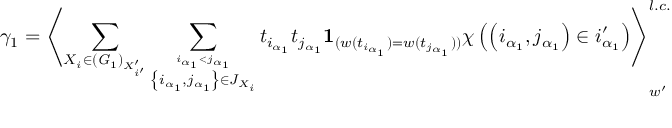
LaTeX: \gamma _ { 1 } = \left\langle \sum _ { X _ { i } \in ( { \it G } _ { 1 } ) _ { X _ { i ^ { \prime } } ^ { \prime } } } \sum _ { \stackrel { i _ { \alpha _ { 1 } } < j _ { \alpha _ { 1 } } } { \left\{ i _ { \alpha _ { 1 } } , j _ { \alpha _ { 1 } } \right\} \in J _ { X _ { i } } } } t _ { i _ { \alpha _ { 1 } } } t _ { j _ { \alpha _ { 1 } } } { \bf 1 } _ { ( w ( t _ { i _ { \alpha _ { 1 } } } ) = w ( t _ { j _ { \alpha _ { 1 } } } ) ) } \chi \left( \left( i _ { \alpha _ { 1 } } , j _ { \alpha _ { 1 } } \right) \in i _ { \alpha _ { 1 } } ^ { \prime } \right) \right\rangle _ { w ^ { \prime } } ^ { l . c . } \; \mathrm { ~ a n d }